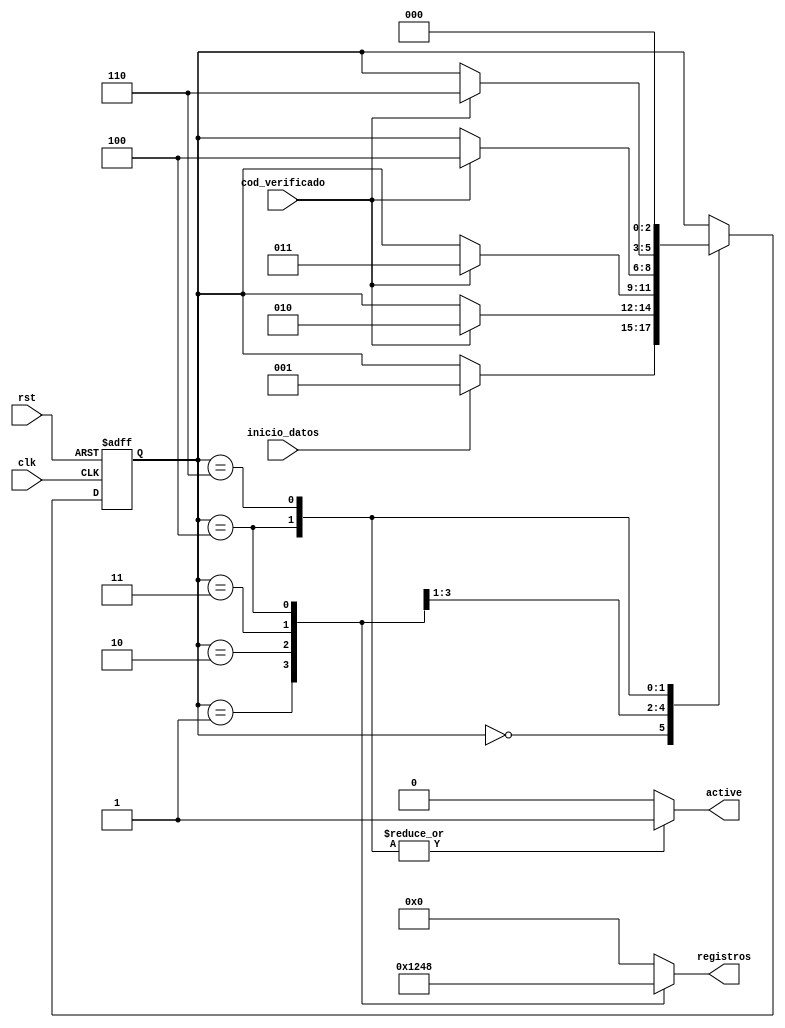
`timescale 1ns / 1ps
//////////////////////////////////////////////////////////////////////////////////
// Company: 
// Engineer: 
// 
// Design Name: 
// Module Name:    Control_Recibir 
// Project Name: 
// Target Devices: 
// Tool versions: 
// Description: 
//
// Dependencies: 
//
// Revision: 
// Revision 0.01 - File Created
// Additional Comments: 
//
//////////////////////////////////////////////////////////////////////////////////
module Control_Recibir(
	 input wire rst,
    input wire clk,
    input wire cod_verificado,
    input wire inicio_datos,
    output reg active,
    output reg [3:0] registros
	 );

//Declaracin de estados de la maquina
localparam 
			  State_1 = 3'b000, 
			  State_2 = 3'b001, 
			  State_3 = 3'b010,
			  State_4 = 3'b011,
			  State_5 = 3'b100,
			  State_6 = 3'b110;
//Seales para el registro de estados
reg [2:0]act_state,next_state; 

//FMS
//Actualizacin de registro de estados
always @ (posedge clk, posedge rst)
	if (rst) //Resetea los valores de los registros para inicializar el sistema
		act_state <= State_1;
	else //Actualiza el estado actual con el declarado en el ciclo anterior
		act_state <= next_state;

//Logica de estado siguiente
always @ *
begin 
//Asigna los valores por defecto del estado siguiente
	next_state = act_state;
	case (act_state) 
		State_1: 
			if (inicio_datos==1'b1) 
				begin next_state = State_2; end
		State_2:  
			if (cod_verificado==1'b1) 
				begin next_state = State_3; end
		State_3:  
			if (cod_verificado==1'b1) 
				begin next_state = State_4; end
		State_4:  
			if (cod_verificado==1'b1)
				begin	next_state = State_5; end
		State_5:  
			if (cod_verificado==1'b1) 
				begin next_state = State_6; end	
		State_6:   
				begin next_state = State_1; end
	endcase
end

always @ *
	begin
		registros = 4'b0000;
		active = 1'b0;	
		case (act_state)
			State_1: begin 
				registros = 4'b0000;
				active = 1'b0;	
				end
			State_2: begin 
				registros = 4'b0001;
				active = 1'b0;	
				end
			State_3: begin 
				registros = 4'b0010;
				active = 1'b0;	
				end
			State_4: begin 
				registros = 4'b0100;
				active = 1'b0;	
				end
			State_5: begin 
				registros = 4'b1000;
				active = 1'b1;	
				end
			State_6: begin 
				registros = 4'b0000;
				active = 1'b1;	
				end
		endcase
	end



endmodule